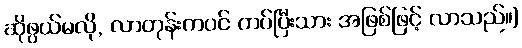
ဆိုဖွယ်မလို, လာတုန်းကပင် ကပ်ပြီးသား အဖြစ်ဖြင့် လာသည်။]